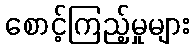
စောင့်ကြည့်မှုများ